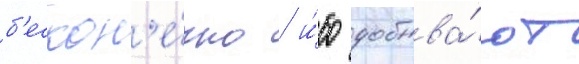
б'ескон'е́чно / и́бо добыва́ют